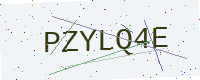
Text: PZYLQ4E